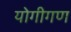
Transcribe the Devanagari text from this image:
योगीगण